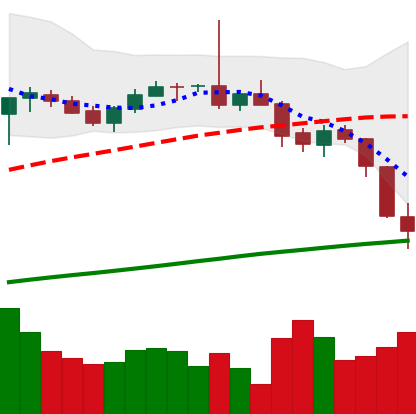
Ticker: BTC-USD
Chart end date: 2017-07-16
Forward return: 38.239%
Label: up_7plus